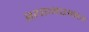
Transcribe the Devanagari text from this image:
श्यामशबल